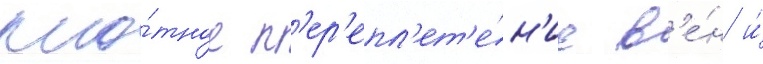
пло́тное п'ер'епл'ет'е́н'ие в'е́н и́